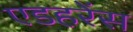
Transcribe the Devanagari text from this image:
एडहरेंस